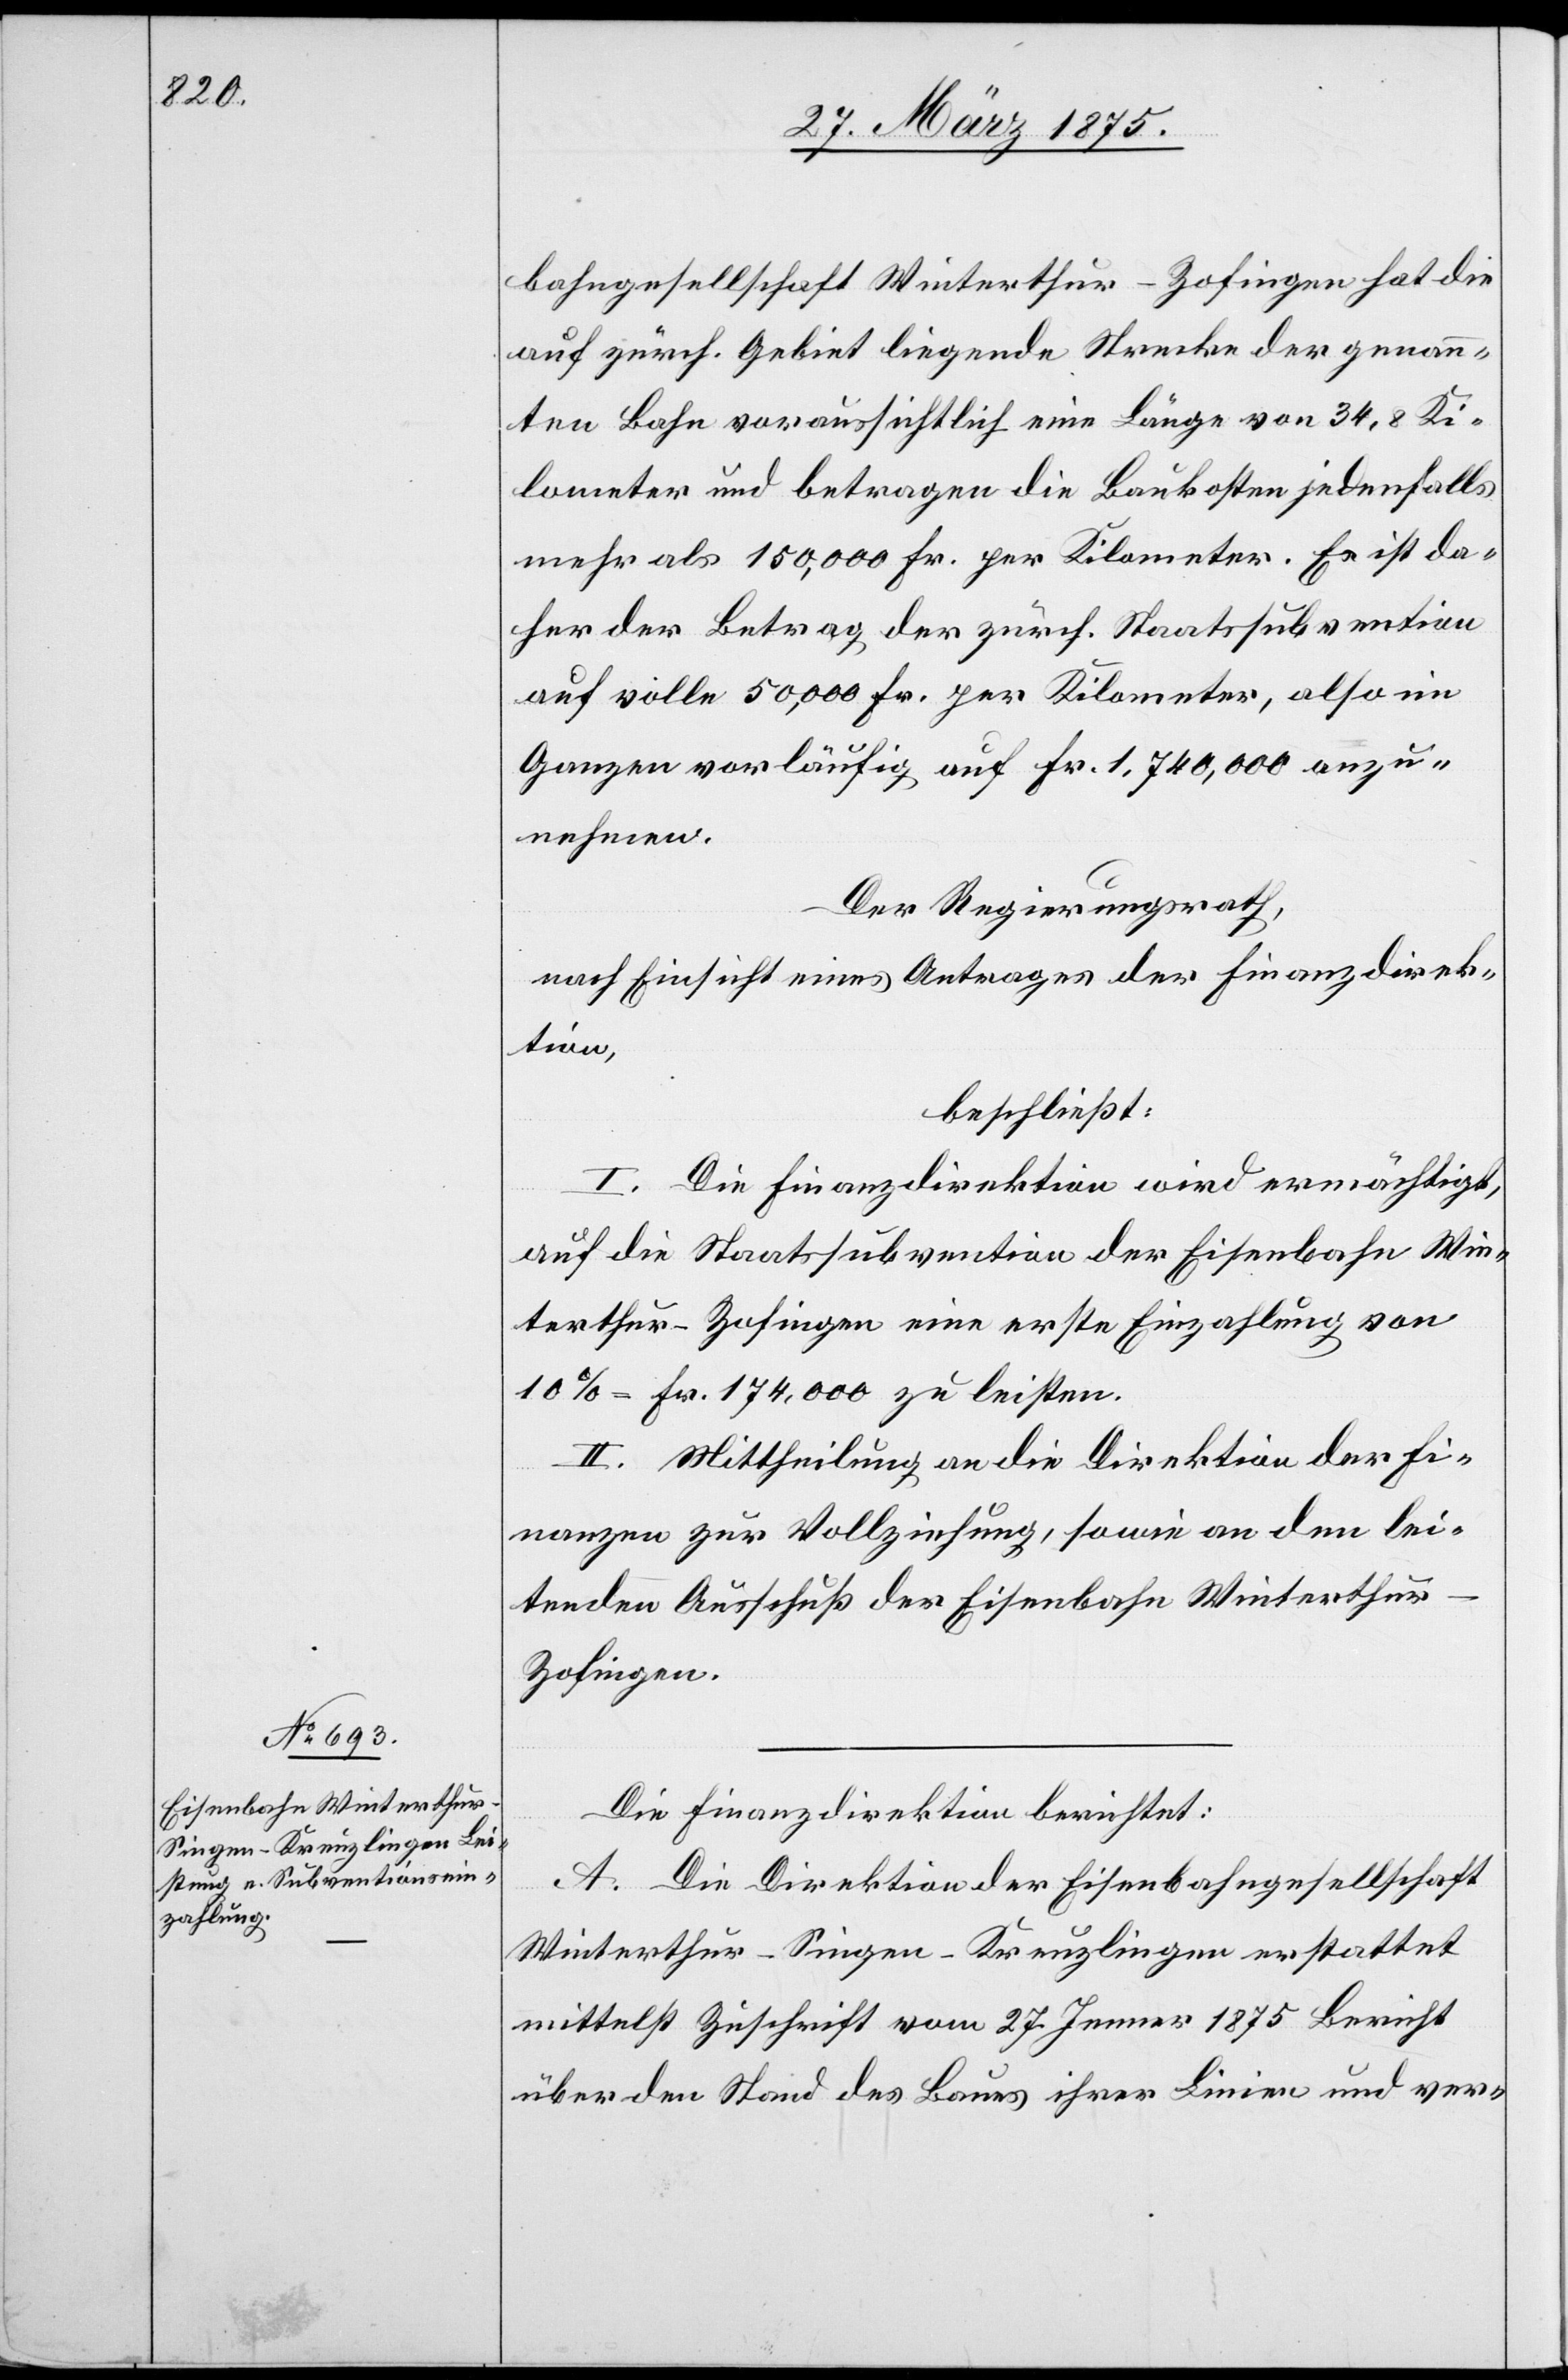
bahngesellschaft Winterthur–Zofingen hat die
auf zürch. Gebiet liegende Strecke der genann¬
ten Bahn voraussichtlich eine Länge von 34,8 Ki¬
lometer und betragen die Baukosten jedenfalls
mehr als 150,000 Fr. per Kilometer. Es ist da¬
her der Betrag der zürch. Staatssubvention
auf volle 50,000 Fr. per Kilometer, also im
Ganzen vorläufig auf 1,740,000 anzu¬
nehmen.
Der Regierungsrath,
nach Einsicht eines Antrages der Finanzdirek¬
tion,
beschließt:
I. Die Finanzdirektion wird ermächtigt,
auf die Staatssubvention der Eisenbahn Win¬
terthur–Zofingen eine erste Einzahlung von
10% = Fr. 174,000 zu leisten.
II. Mittheilung an die Direktion der Fi¬
nanzen zur Vollziehung, sowie an den lei¬
tenden Ausschuß der Eisenbahn Winterthu¬
r–Zofingen.
Die Finanzdirektion berichtet:
A. Die Direktion der Eisenbahngesellschaft
Winterthur–Singen–Kreuzlingen erstattet
mittelst Zuschrift vom 27. Jenner 1875 Bericht
über den Stand des Baus ihrer Linie und ver-